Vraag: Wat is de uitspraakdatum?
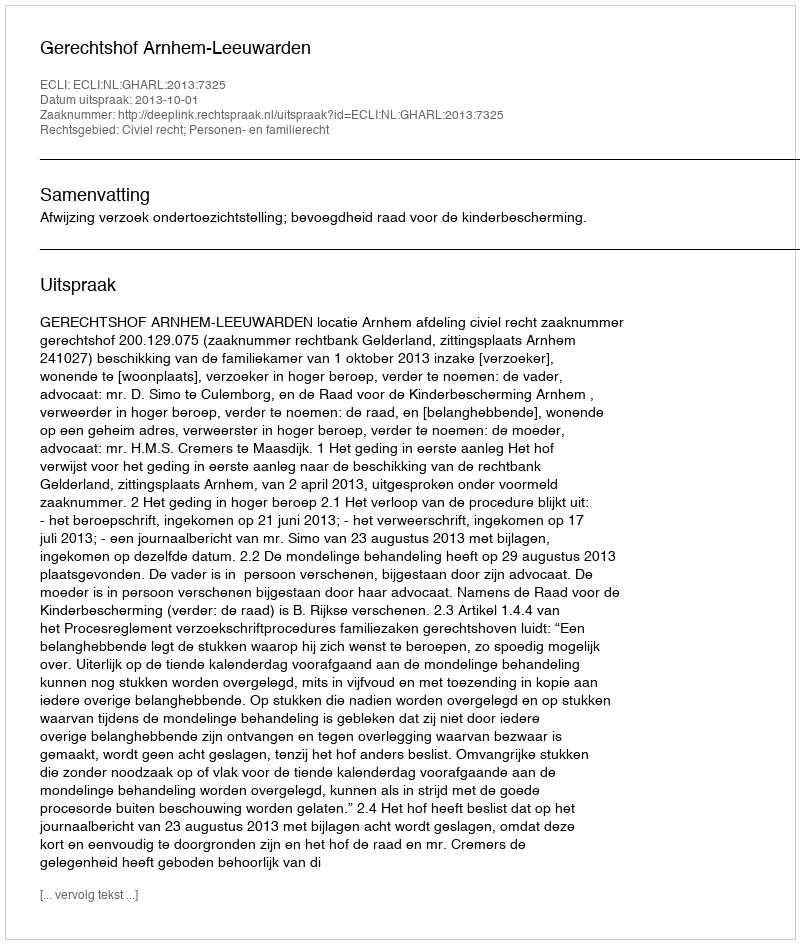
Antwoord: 2013-10-01